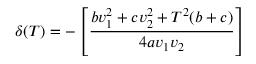
\delta ( T ) = - \left[ { \frac { b v _ { 1 } ^ { 2 } + c v _ { 2 } ^ { 2 } + T ^ { 2 } ( b + c ) } { 4 a v _ { 1 } v _ { 2 } } } \right]